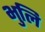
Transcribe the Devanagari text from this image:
भुलि